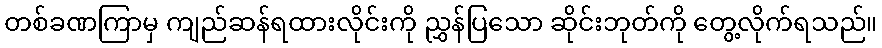
တစ်ခဏကြာမှ ကျည်ဆန်ရထားလိုင်းကို ညွှန်ပြသော ဆိုင်းဘုတ်ကို တွေ့လိုက်ရသည်။